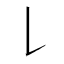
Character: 𠄌